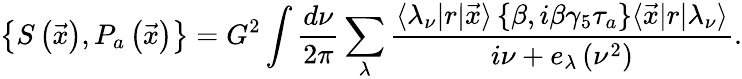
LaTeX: \left\{ S\left(\vec{x}\right),P_{a}\left(\vec{x}\right)\right\} =G^{2}\int\frac{d\nu}{2\pi}\sum_{\lambda}\frac{\langle\lambda_{\nu}|r|\vec{x}\rangle\left\{ \beta,i\beta\gamma_{5}\tau_{a}\right\} \langle\vec{x}|r|\lambda_{\nu}\rangle}{i\nu+e_{\lambda}\left(\nu^{2}\right)}.